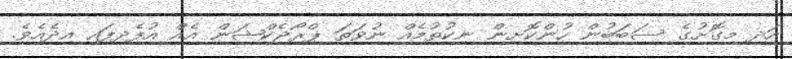
އަދި މިގޮށުގެ ސަބަބުން ހުންކޮށިން ނިކުތުމެއް ނުވަތަ ޕްރޯޖެކްޝަން އެއް އުފެދިފައި އިދެއެވެ.